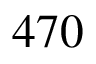
4 7 0